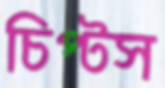
চিপ্‌টস